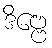
ဒိဗ္ဗေ